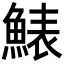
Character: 䱪